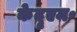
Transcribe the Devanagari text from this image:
केदृएम॰